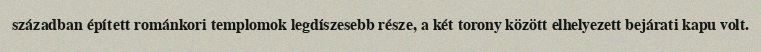
században épített románkori templomok legdíszesebb része, a két torony között elhelyezett bejárati kapu volt.